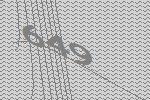
649